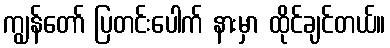
ကျွန်တော် ပြတင်းပေါက် နားမှာ ထိုင်ချင်တယ်။